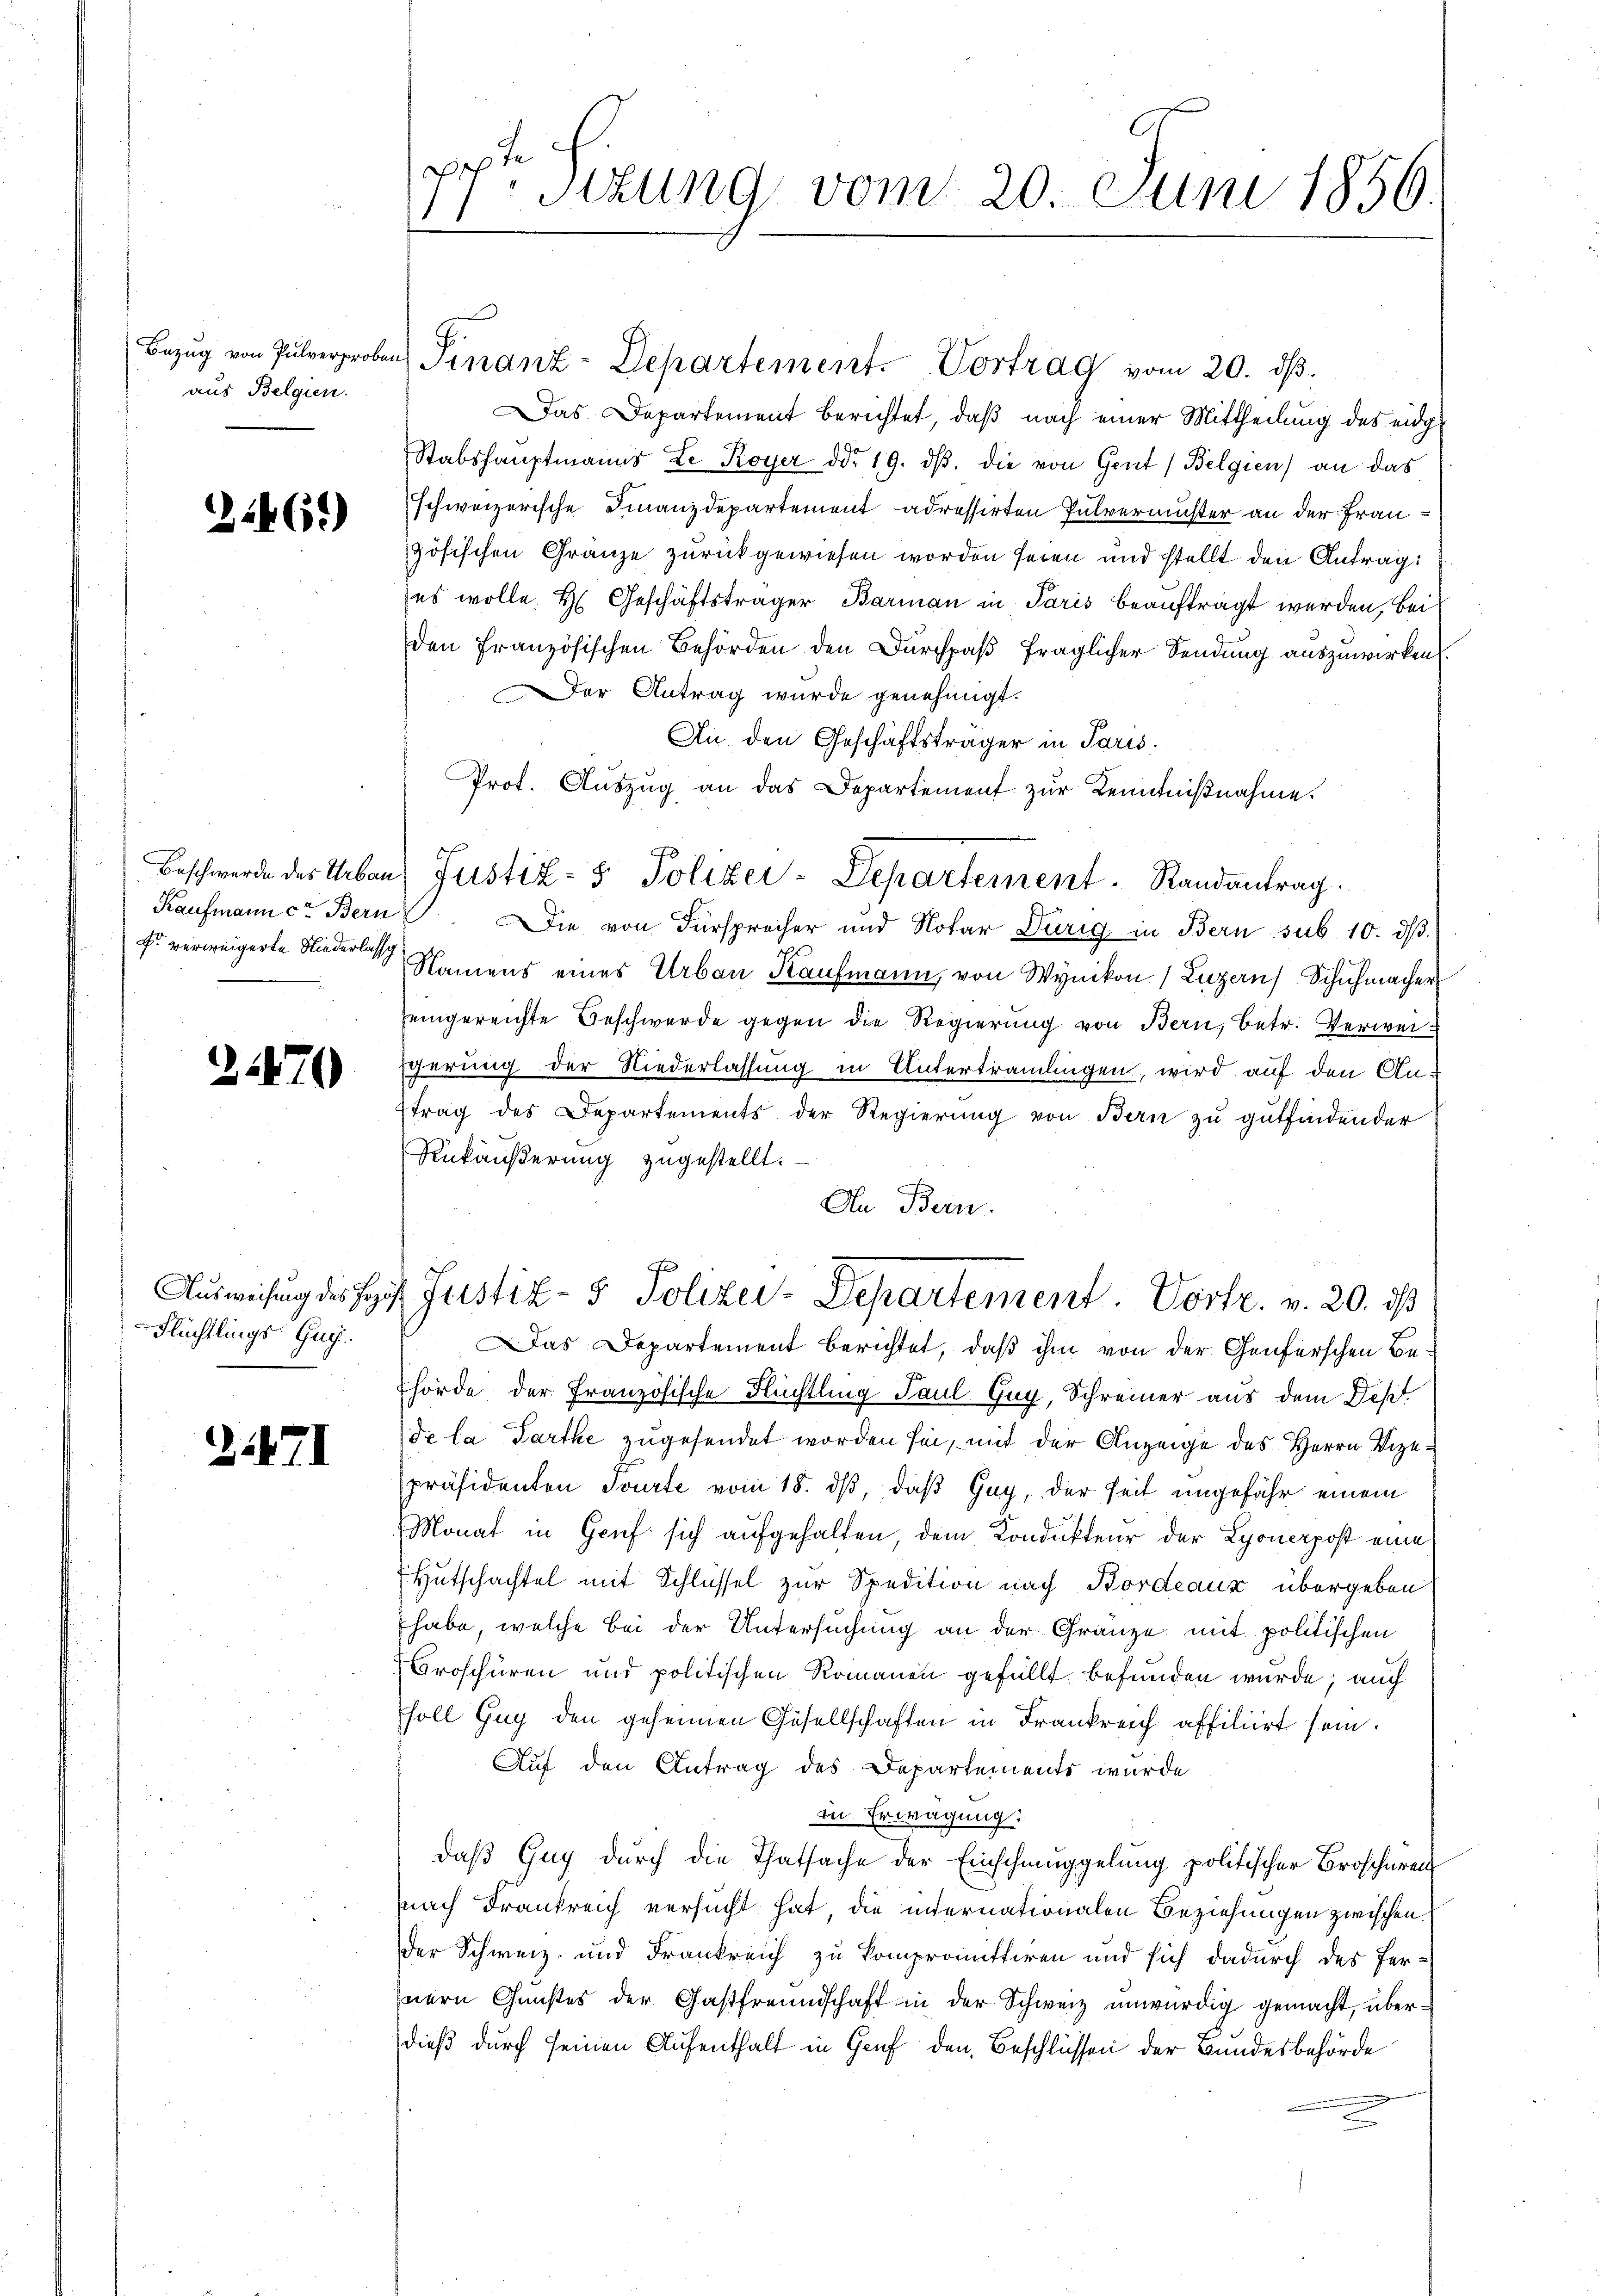
aus Belgien.

612)

Kaufmann ctae Bern

2470

Flüchtlings-Gug.

21471

is
Stzung vom 20. Juni 1856.
1

Das Departement berichtet, daß nach einer Mittheilung des eidge
Stabshauptmanns Le Royer ddo 19. dβ. die von Gent/Belgien an das
schweizerische Finanzdepartement adressirten Pulvermuster an der Frauzösischen Gränze zurückgewiesen worden seien und stellt den Antrag:
es wolle H. Geschäftsträger Barman in Paris beauftragt werden, bei
den Französischen Behörden den Durchpaß fraglicher Sendung auszuwirken.
Der Antrag wurde genehmigt.
An den Geschäftsträger in Paris.
Prot. Auszug an das Departement zur Kenntnißnahme.
Die von Fürsprecher und Notar Durig in Bern sub. 10. d.
f verweigerte Nieder Namens eines Urbau Kaufmann, von Wynikon (Luzern Schŭhmacher
eingereichte Beschwerde gegen die Regierung von Bern, betr. Verweigerung der Niederlassung in Untertraulingen, wird auf den An-
trag des Departements der Regierung von Bern zu gutfindender
Rükäußerung zugestellt.
An Bern.
Aŭsweisung des Hof Justiz- & Polizei-Departement. Vortr. v. 20. ds
Das Departement berichtet, daß ihm von der Genferschen Behörde der Französische Flüchtling Paul Guy, Schreiner aus dem Dep
de la Parthe zugesendet worden sei, mit der Anzeige des Herrn Vizepräsidenten Tourte vom 18. ds, daß Gay, der Zeit ungefähr einem
Monat in Gruf sich aufgehalten, dem Kondukteur der Lyonerpost eine
Hutschachtel mit Schlüssel zur Spedition nach Bordeaux übergeben
habe, welche bei der Untersuchung an der Gränze mit politischen
Broschüren und politischen Romanen gefüllt befunden wurde; auch
soll Guy den geheimen Gesellschaften in Frankreich affiliirt sein.
Auf den Antrag des Departements wurde
in Erwägung:
daß Guy durch die Thatsache der Einschmuggelung politischer Broscheren
nach Frankreich versucht hat, die internationalen Beziehungen zwischen
der Schweiz und Frankreich zu kompromittiren und sich dadurch des fernern Gunstes der Gastfreundschaft in der Schweiz unwürdig gemacht, überdieß durch seinen Aufenthalt in Gruf den Beschlüssen der Bundesbehörde
e

Bezŭg von Pulverproben Finanz-Departement. Vortrag vom 20. dβ.

Beschwerde des Urbans Justiz- & Polizei-Departement Randantrag.